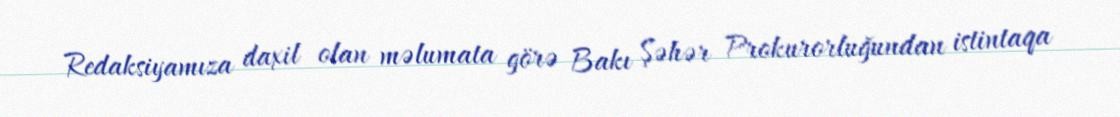
Redaksiyamıza daxil olan məlumata görə Bakı Şəhər Prokurorluğundan istintaqa